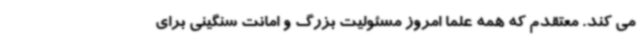
می کند. معتقدم که همه علما امروز مسئولیت بزرگ و امانت سنگینی برای